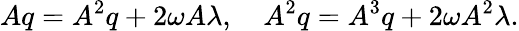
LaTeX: Aq=A^{2}q+{2\omega}A\lambda,\quad A^{2}q=A^{3}q+{2\omega}A^{2}\lambda.